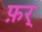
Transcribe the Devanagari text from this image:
फ़र्